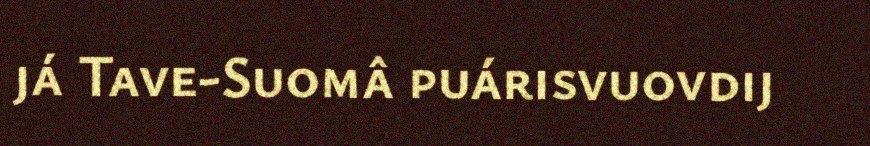
já Tave-Suomâ puárisvuovdij